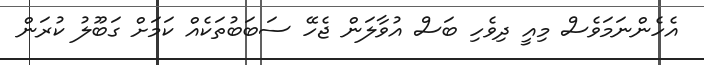
އެހެންނަމަވެސް މިއީ ދިވެހި ބަސް އުވާލަން ޖެހޭ ސަބަބުތަކެއް ކަމަށް ގަބޫލު ކުރަން